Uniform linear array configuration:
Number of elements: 32
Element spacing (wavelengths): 0.25
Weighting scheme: cosine
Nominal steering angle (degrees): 0
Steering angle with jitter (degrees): -0.9913
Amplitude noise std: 0.05
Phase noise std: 0.05

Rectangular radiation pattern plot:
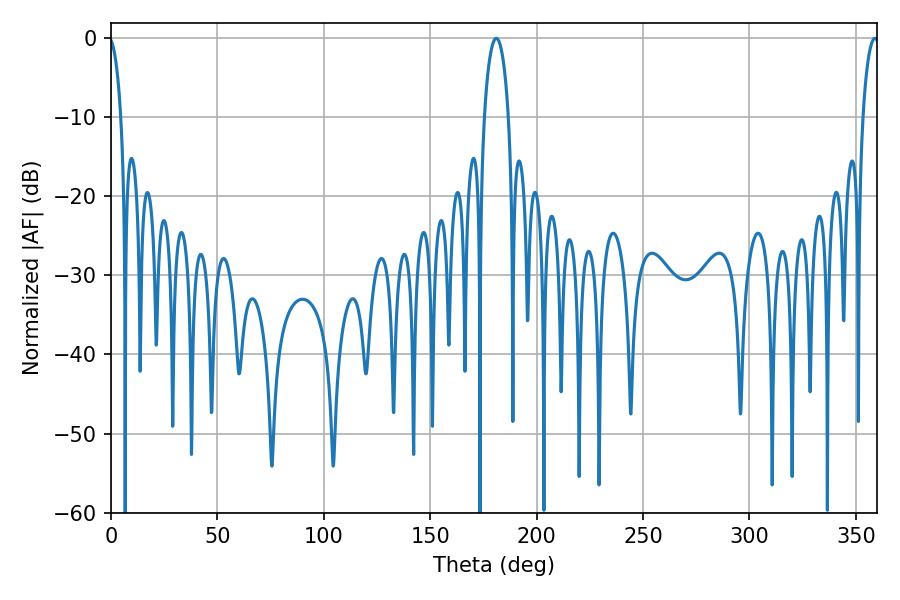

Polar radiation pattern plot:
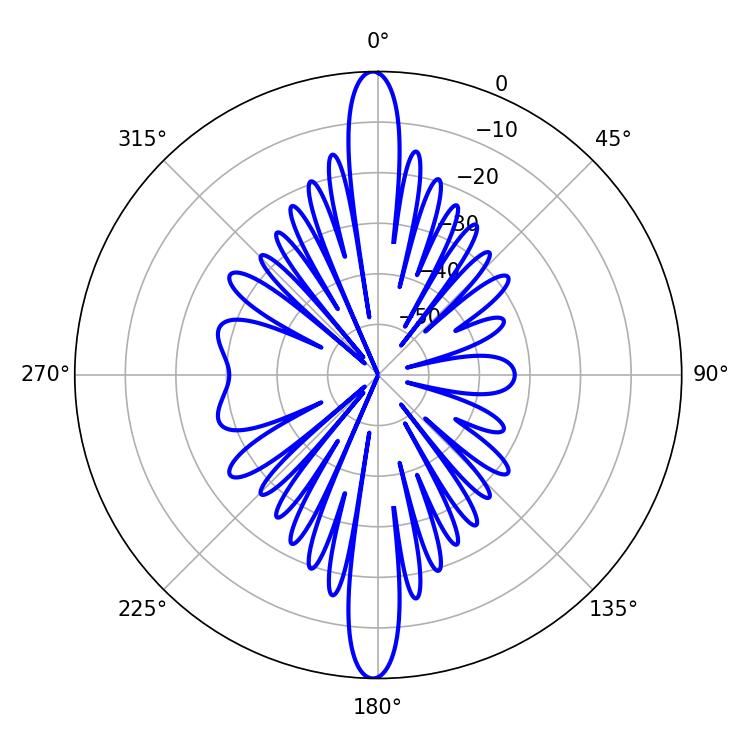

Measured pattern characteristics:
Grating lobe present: FALSE
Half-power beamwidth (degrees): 6.48
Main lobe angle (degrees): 181.08